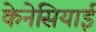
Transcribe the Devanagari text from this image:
केनेसियाई